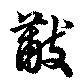
黻